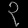
Digit: ၃